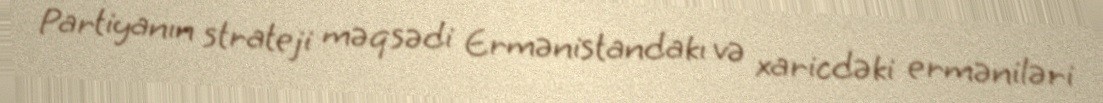
Partiyanın strateji məqsədi Ermənistandakı və xaricdəki erməniləri